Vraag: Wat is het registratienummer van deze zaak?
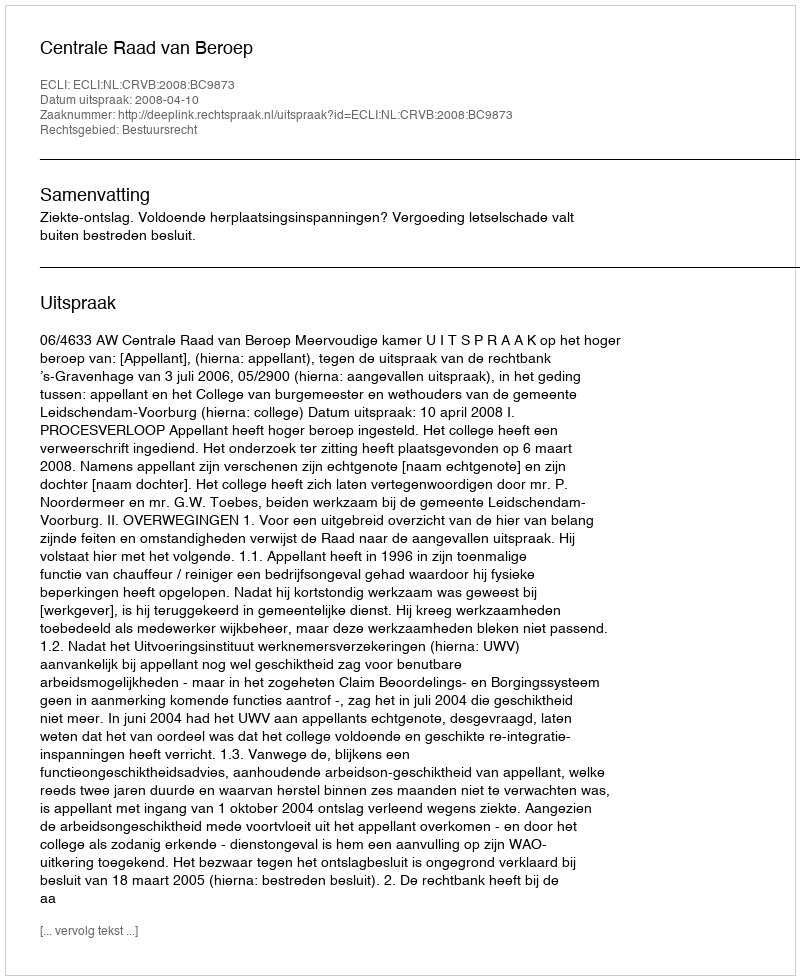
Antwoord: http://deeplink.rechtspraak.nl/uitspraak?id=ECLI:NL:CRVB:2008:BC9873